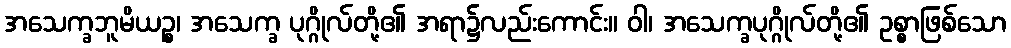
အသေက္ခဘူမိယဉ္စ၊ အသေက္ခ ပုဂ္ဂိုလ်တို့၏ အရာ၌လည်းကောင်း။ ဝါ၊ အသေက္ခပုဂ္ဂိုလ်တို့၏ ဥစ္စာဖြစ်သော